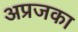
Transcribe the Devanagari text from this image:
अप्रजका